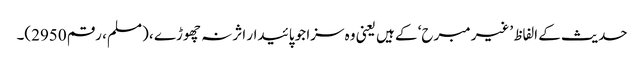
حدیث کے الفاظ ’غیر مبرح‘ کے ہیں یعنی وہ سزا جو پائیدار اثر نہ چھوڑے ، (مسلم، رقم 2950)۔